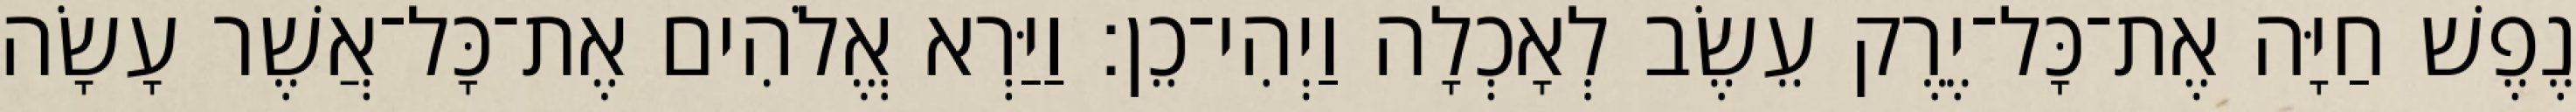
נֶפֶשׁ חַיָּה אֶת־כָּל־יֶרֶק עֵשֶׂב לְאָכְלָה וַיְהִי־כֵן׃ וַיַּרְא אֱלֹהִים אֶת־כָּל־אֲשֶׁר עָשָׂה